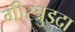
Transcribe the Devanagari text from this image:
गीरत्रुइदा